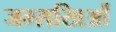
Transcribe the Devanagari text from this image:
जम्सखिओं